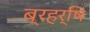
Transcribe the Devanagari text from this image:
ब्रहर्षि